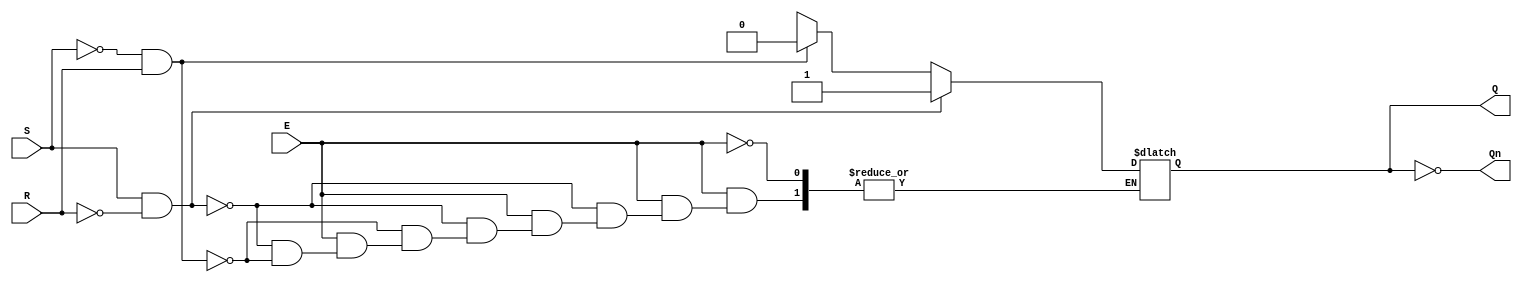
module gated_sr_latch (
    input wire S,      // Set input
    input wire R,      // Reset input
    input wire E,      // Enable input
    output reg Q,      // Output Q
    output wire Qn     // Complementary output Q'
);

// Complementary output Q'
assign Qn = ~Q;

// Always block to model the gated SR latch behavior
always @(*) begin
    if (E) begin
        if (S && ~R) begin
            Q = 1;   // Set condition
        end else if (~S && R) begin
            Q = 0;   // Reset condition
        end else if (S && R) begin
            // Invalid condition (typically do nothing)
            Q = Q;   // Maintain state (retains previous value)
        end else begin
            // Maintain current state when S and R are both 0
            Q = Q;   // Maintain state (retains previous value)
        end
    end
    // If E is low, do nothing: maintain current state
end

endmodule